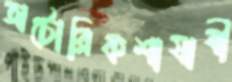
অটোরিকশাযাত্রী